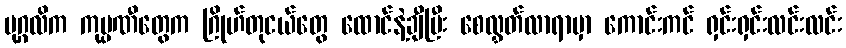
ပုဂ္ဂလိက ကုမ္ပဏီတွေက ဂြိုဟ်တုငယ်တွေ ထောင်နဲ့ချီပြီး စေလွှတ်လာရာမှာ ကောင်းကင် ရှင်းရှင်းလင်းလင်း